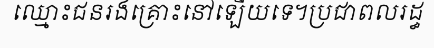
ឈ្មោះជនរងគ្រោះនៅឡើយទេ។ប្រជាពលរដ្ធ